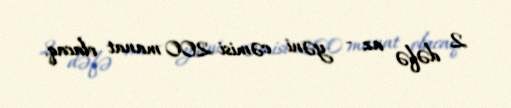
2 dəfə az - yəni cəmisi 200 manat olacaq.